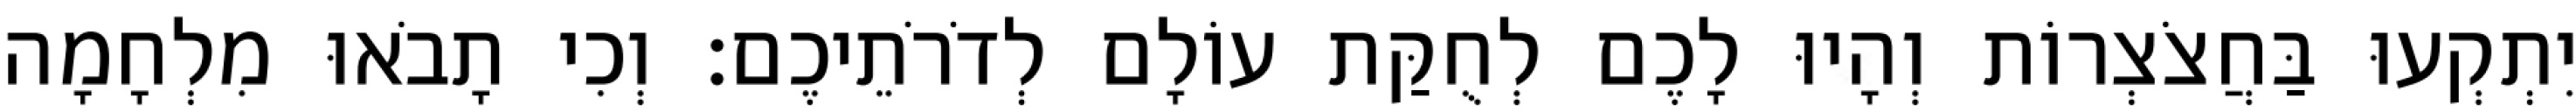
יִתְקְעוּ בַּחֲצֹצְרוֹת וְהָיוּ לָכֶם לְחֻקַּת עוֹלָם לְדֹרֹתֵיכֶם׃ וְכִי תָבֹאוּ מִלְחָמָה